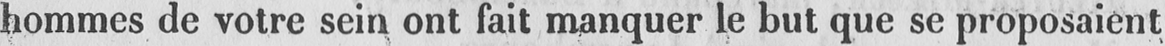
hommes de votre sein ont fait manquer le but que se proposaient